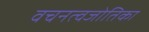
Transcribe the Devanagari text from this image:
वचनत्वजोतिका